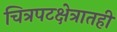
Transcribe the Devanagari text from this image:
चित्रपटक्षेत्रातही